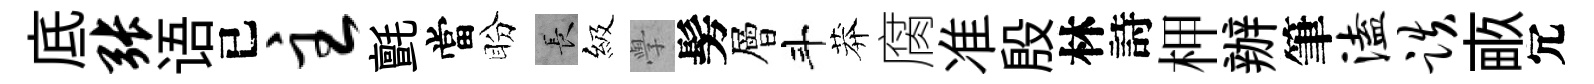
底张语已主氈當盼长級𭓕髣層斗莽腐准殷林詩柙辦筆溘跌畞冗